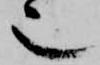
也